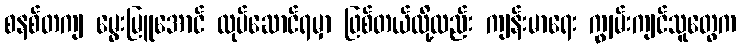
စနစ်တကျ မွေးမြူအောင် လုပ်ဆောင်ရမှာ ဖြစ်တယ်လို့လည်း ကျန်းမာရေး ကျွမ်းကျင်သူတွေက